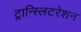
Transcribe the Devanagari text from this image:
ट्रान्स्लिटरेशन